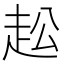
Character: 𧺭